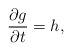
\begin{align*}\frac{\partial g}{\partial t}=h,\end{align*}